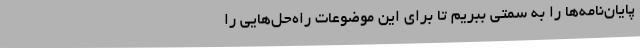
پایان‌نامه‌ها را به سمتی ببریم تا برای این موضوعات راه‌حل‌هایی را